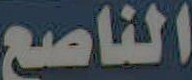
الناصع